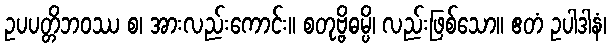
ဥပပတ္တိဘဝဿ စ၊ အားလည်းကောင်း။ စတုဗ္ဗိဓမ္ပိ၊ လည်းဖြစ်သော။ ဧတံ ဥပါဒါနံ၊